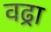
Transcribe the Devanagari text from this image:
वढ्रा